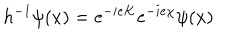
{ h ^ { - 1 } \psi ( x ) = \mathrm { e } ^ { - i e K } \mathrm { e } ^ { - i e \chi } \psi ( x ) }